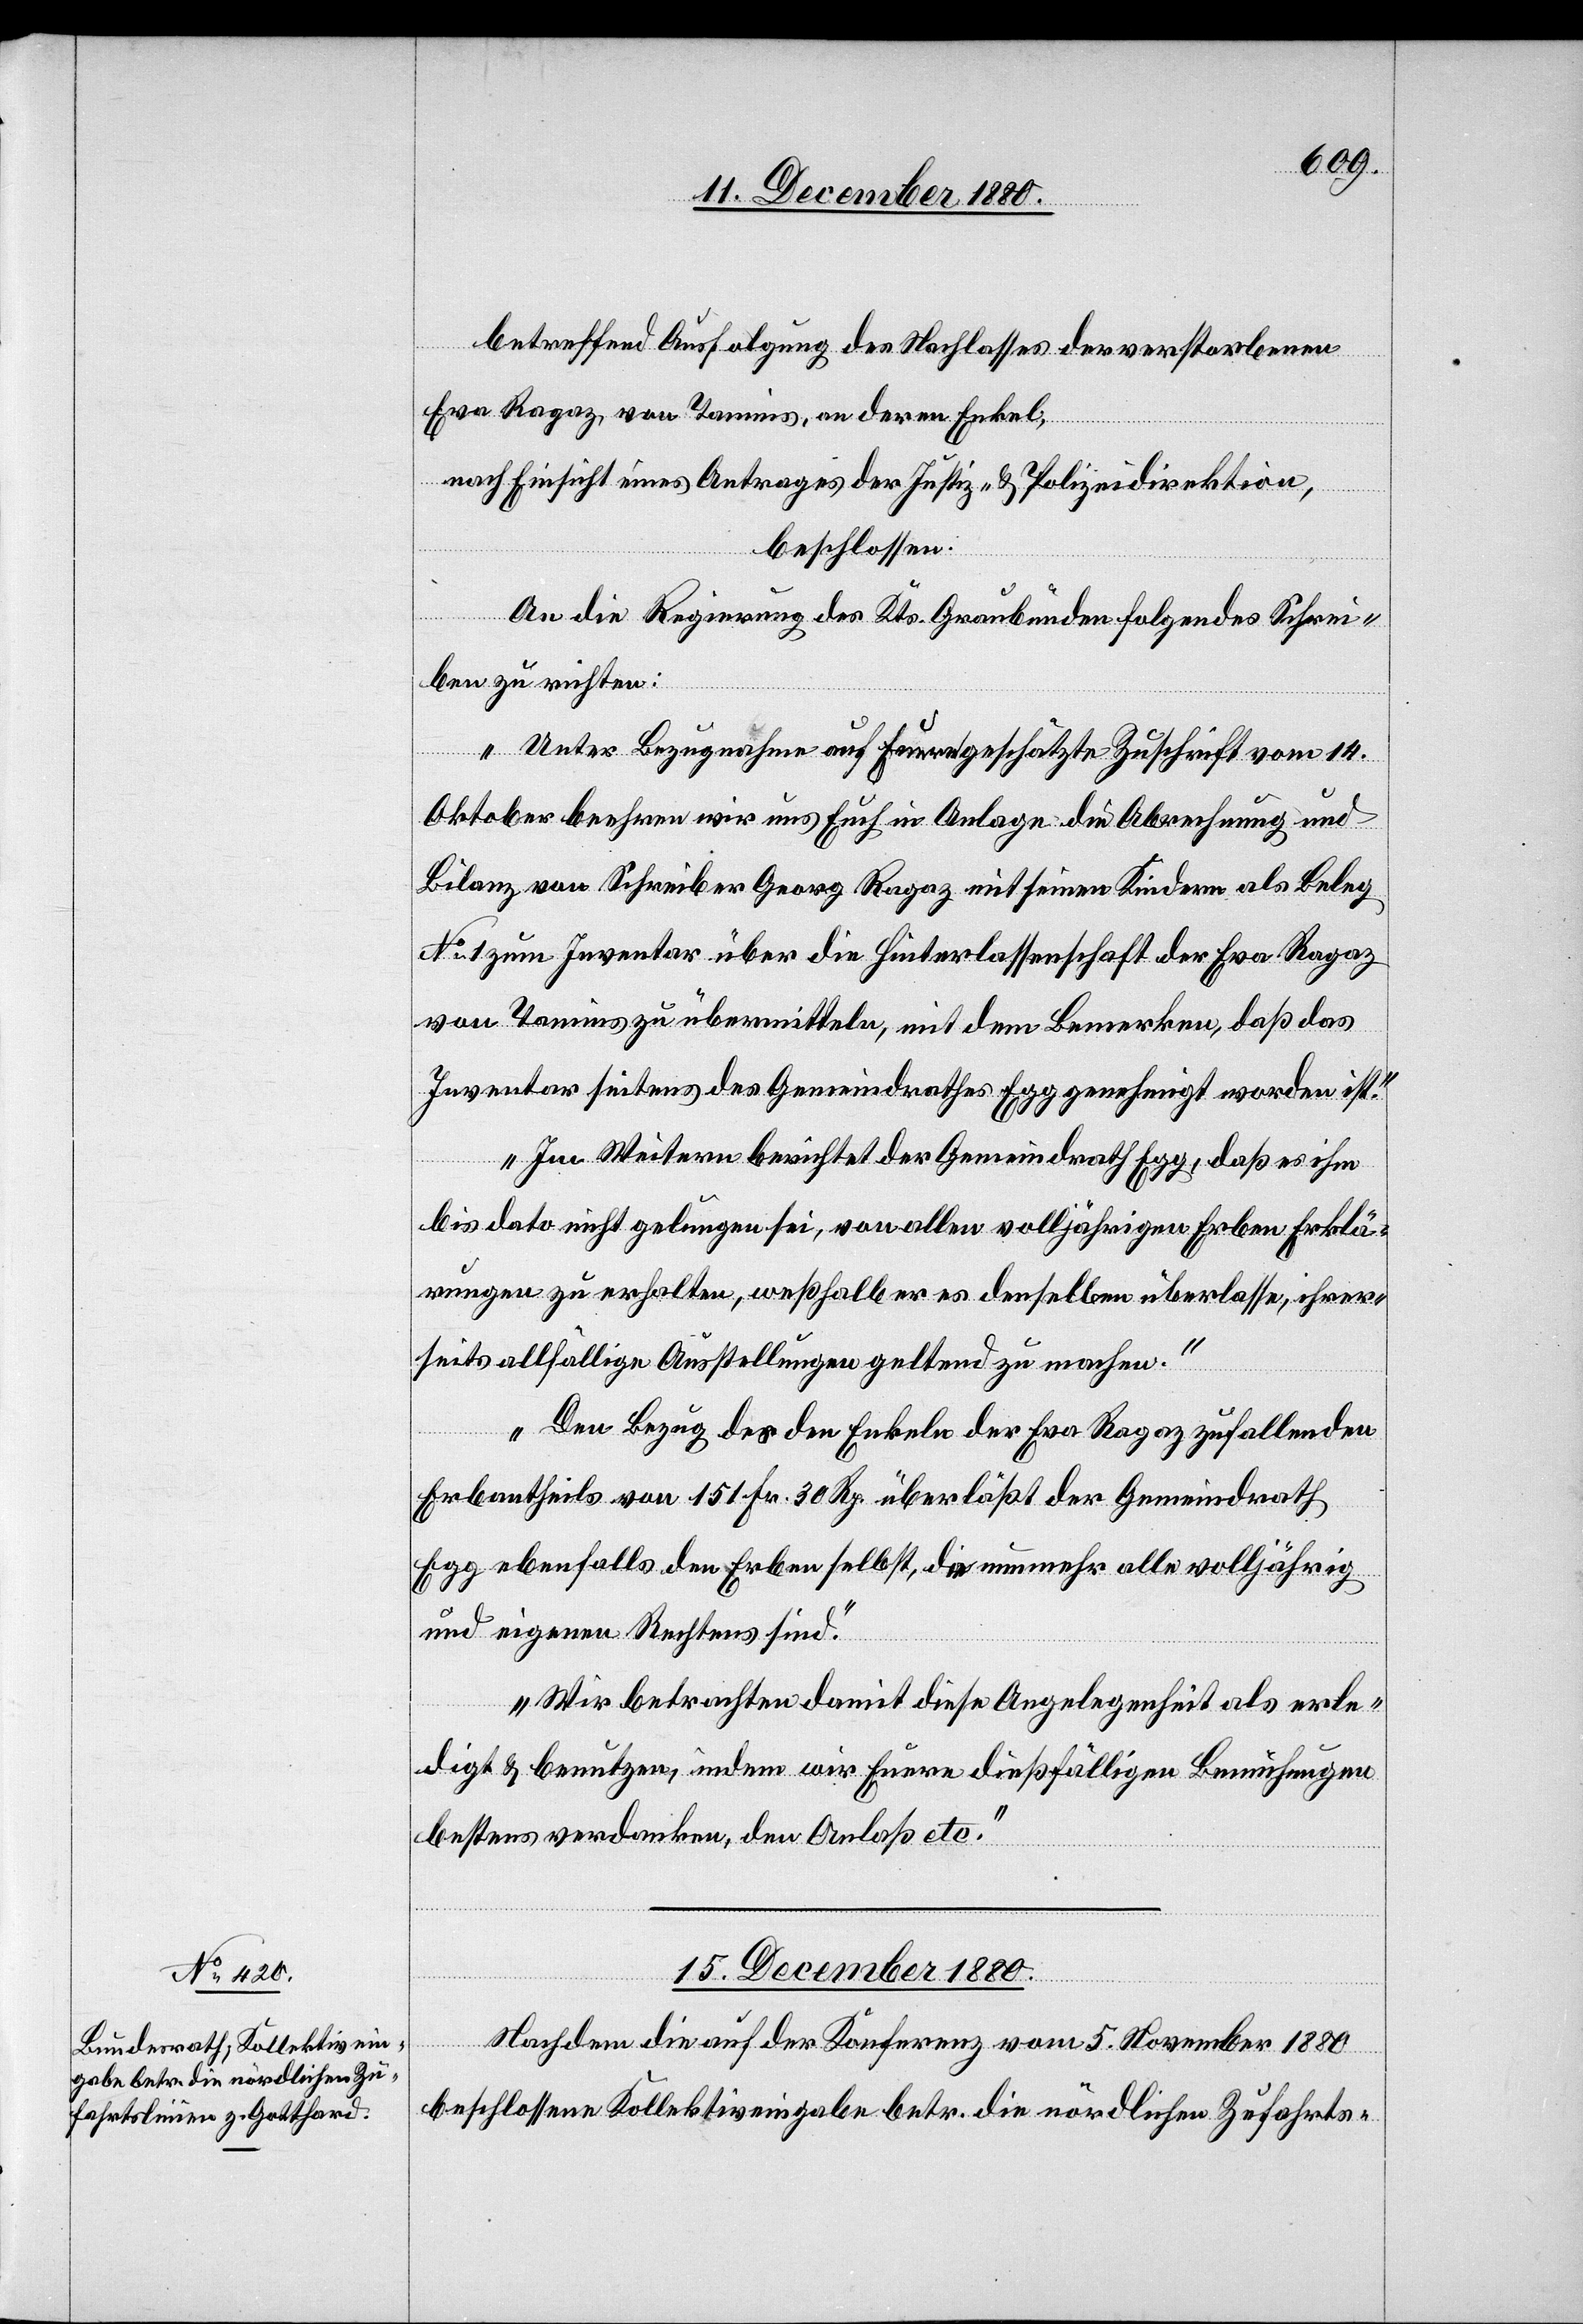
betreffend Ausfolgung des Nachlasses der verstorbenen
Eva Ragaz, von Tamins, an deren Enkel,
nach Einsicht eines Antrages der Justiz- & Polizeidirektion,
beschlossen:
An die Regierung des Kts. Graubünden folgendes Schrei¬
ben zu richten:
„Unter Bezugnahme auf Eure geschätzte Zuschrift vom 14.
Oktober beehren wir uns Euch in Anlage die Abrechnung und
Bilanz von Schreiber Georg Ragaz mit seinen Kindern als Beleg
No 1 zum Inventar über die Hinterlassenschaft der Eva Ragaz
von Tamins zu übermitteln, mit dem Bemerken, daß das
Inventar seitens des Gemeindrathes Egg genehmigt worden ist.
Im Weitern berichtet der Gemeindrath Egg, daß es ihm
bis dato nicht gelungen sein, von allen volljährigen Erben Erklä¬
rungen zu erhalten, weßhalb er es den selben überlasse, ihrer¬
seits allfällige Ausstellungen geltend zu machen.
Den Bezug des den Enkeln der Eva Ragaz zufallenden
Erbtheiles von 151 Fr. 30 Rp. überläßt der Gemeindrath
Egg ebenfalls den Erben selbst, die nunmehr alle volljährig
und eigenen Rechtens sind.
Wir betrachten damit diese Angelegenheit als erle¬
digt & benutzen, indem wir Euere dießfälligen Bemühungen
bestens verdanken, den Anlaß etc.“
15. December 1880.
Nachdem die auf der Konferenz vom 5. November 1880
beschlossene Kollektiveingabe betr. die nördlichen Zufahrts-